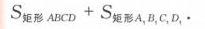
\(S_{矩形ABCD}+S_{矩形A_{1}B_{1}C_{1}D_{1}}\)